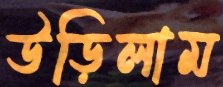
উড়িলাম